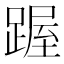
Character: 䠎